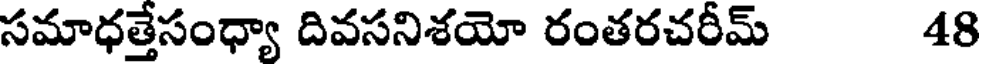
సమాధత్తేసంధ్యా దివసనిశయో రంతరచరీమ్ 48